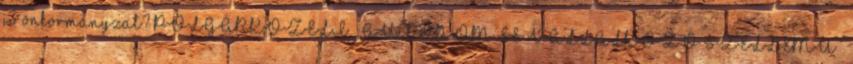
jó önkormányzat? POLGÁRKÖZELI  AUTONÓM ÉS VÁLLALKOZÓ SZELLEMŰ 